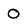
Character: 0